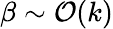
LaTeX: \beta\sim\mathcal{O}(k)